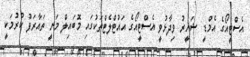
އެސްޓީއޯގެ އެމްޑީ ޝަހީރު ވިދާޅުވީ އެސްޓީއޯގެ އައުޓްލެޓްތަކުގައި މޮބައިލް މަނީ ތައާރަފު ކުރުމަކީ